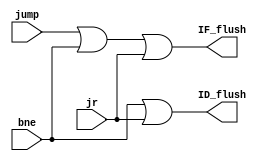
`timescale 1ns / 1ps
//////////////////////////////////////////////////////////////////////////////////
// Company: 
// Engineer: 
// 
// Design Name: 
// Module Name:    flushcontrol 
// Project Name: 
// Target Devices: 
// Tool versions: 
// Description: 
//
// Dependencies: 
//
// Revision: 
// Revision 0.01 - File Created
// Additional Comments: 
//
//////////////////////////////////////////////////////////////////////////////////

module Discard_Instr(ID_flush,IF_flush,jump,bne,jr);
output ID_flush,IF_flush;
input jump,bne,jr;
or OR1(IF_flush,jump,bne,jr);
or OR2(ID_flush,bne,jr);
endmodule